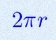
2\pi r